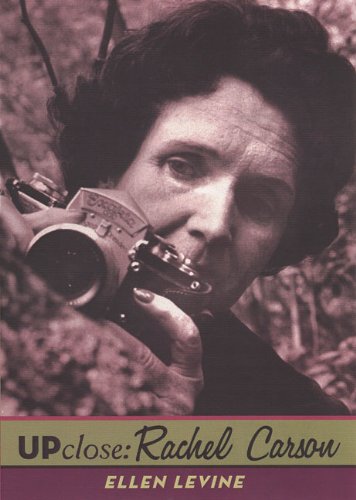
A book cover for Up Close: Rachel Carson; Ellen S. Levine; Teen & Young Adult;